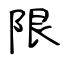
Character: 限